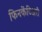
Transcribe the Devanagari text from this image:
फिनकेंटिअरी